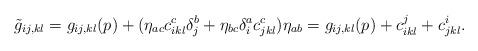
LaTeX: \begin{align*}\tilde{g}_{ij,kl}=g_{ij,kl}(p)+(\eta_{ac}c^c_{ikl}\delta_j^b+\eta_{bc}\delta_i^ac^c_{jkl})\eta_{ab}=g_{ij,kl}(p)+c^j_{ikl}+c^i_{jkl}.\end{align*}